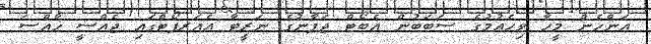
އަންހެން މީހާ ވިހެއުމުގެ ސަބަބުން އެބޯޓް ޖަޕާނުގެ ނަރީޓާ އެއަރޕޯޓްގައި ޖެއްސީ ޚާއްސަ